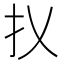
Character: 𢩩